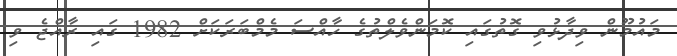
މައުމޫން ވިދާޅުވި ގޮތުގައި ކޮމަންވެލްތުގެ ހާއްސަ މެމްބަރަކަށް 1982 ގައި ރާއްޖެ ވި